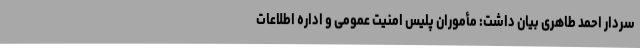
سردار احمد طاهری بیان داشت: مأموران پلیس امنیت عمومی و اداره اطلاعات